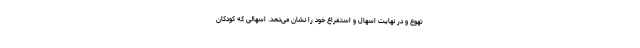
تهوع و در نهایت اسهال و استفراغ خود را نشان می‌دهد. اسهالی که کودکان